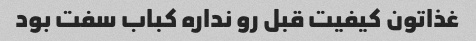
غذاتون کیفیت قبل رو نداره کباب سفت بود